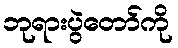
ဘုရားပွဲတော်ကို